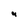
Character: 4